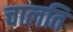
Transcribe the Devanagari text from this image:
चालति